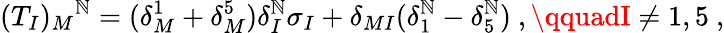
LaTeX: (T_{I})_{M}{}^{\mathbb{N}}=(\delta_{M}^{1}+\delta_{M}^{5})\delta_{I}^{\mathbb{N}}\sigma_{I}+\delta_{MI}(\delta_{1}^{\mathbb{N}}-\delta_{5}^{\mathbb{N}})\ ,\qquadI\neq1,5\ ,